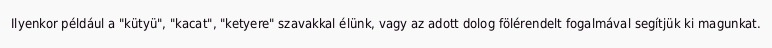
Ilyenkor például a "kütyü", "kacat", "ketyere" szavakkal élünk, vagy az adott dolog fölérendelt fogalmával segítjük ki magunkat.